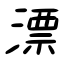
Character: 漂